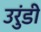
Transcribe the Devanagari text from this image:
उरुंडी